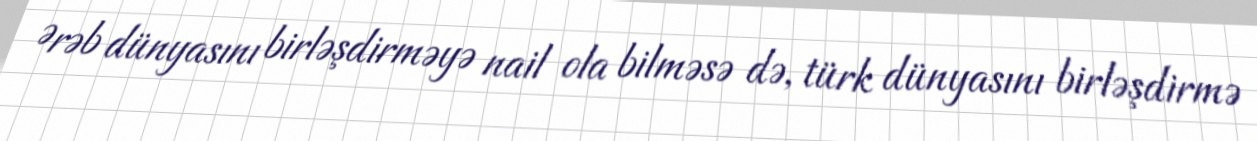
Ərəb dünyasını birləşdirməyə nail ola bilməsə də, türk dünyasını birləşdirmə